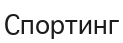
Спортинг